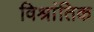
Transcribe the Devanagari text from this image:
विश्रांतिक